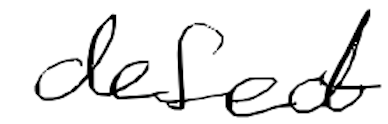
Text: defect
Cross-out: clean
Writing tool: digital_black